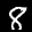
Label: 8